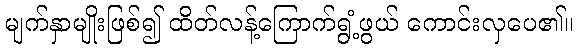
မျက်နှာမျိုးဖြစ်၍ ထိတ်လန့်ကြောက်ရွံ့ဖွယ် ကောင်းလှပေ၏။